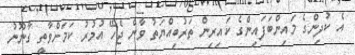
އެ ކުދިންގެ މައިންބަފައިންގެ ކައިރިން ތަރުބިއްޔަތު ވާން ޖެހޭ އުމުރު ކަމަށްވާތީ ގާނޫނު